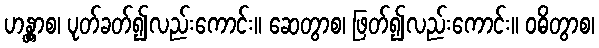
ဟန္တွာစ၊ ပုတ်ခတ်၍လည်းကောင်း။ ဆေတွာစ၊ ဖြတ်၍လည်းကောင်း။ ဝဓိတွာစ၊